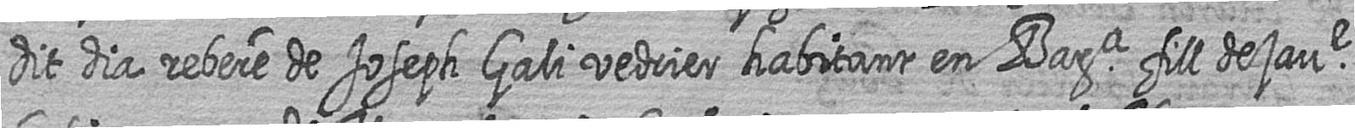
dit dia rebere de Joseph Gali vedrier habitant en Bara fill de jaue